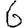
Digit: 6